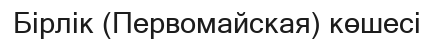
Бірлік (Первомайская) көшесі